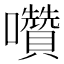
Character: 囋